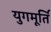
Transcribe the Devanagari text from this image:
युगमूर्ति